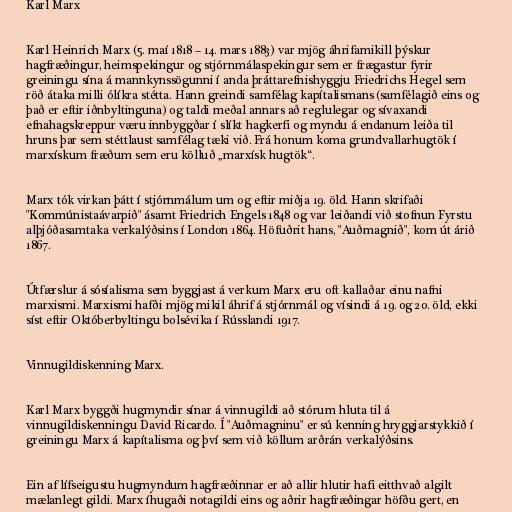
Karl Marx

Karl Heinrich Marx (5. maí 1818 – 14. mars 1883) var mjög áhrifamikill þýskur
hagfræðingur, heimspekingur og stjórnmálaspekingur sem er frægastur fyrir
greiningu sína á mannkynssögunni í anda þráttarefnishyggju Friedrichs Hegel sem
röð átaka milli ólíkra stétta. Hann greindi samfélag kapítalismans (samfélagið eins og
það er eftir iðnbyltinguna) og taldi meðal annars að reglulegar og sívaxandi
efnahagskreppur væru innbyggðar í slíkt hagkerfi og myndu á endanum leiða til
hruns þar sem stéttlaust samfélag tæki við. Frá honum koma grundvallarhugtök í
marxískum fræðum sem eru kölluð „marxísk hugtök“.

Marx tók virkan þátt í stjórnmálum um og eftir miðja 19. öld. Hann skrifaði
"Kommúnistaávarpið" ásamt Friedrich Engels 1848 og var leiðandi við stofnun Fyrstu
alþjóðasamtaka verkalýðsins í London 1864. Höfuðrit hans, "Auðmagnið", kom út árið
1867.

Útfærslur á sósíalisma sem byggjast á verkum Marx eru oft kallaðar einu nafni
marxismi. Marxismi hafði mjög mikil áhrif á stjórnmál og vísindi á 19. og 20. öld, ekki
síst eftir Októberbyltingu bolsévika í Rússlandi 1917.

Vinnugildiskenning Marx.

Karl Marx byggði hugmyndir sínar á vinnugildi að stórum hluta til á
vinnugildiskenningu David Ricardo. Í "Auðmagninu" er sú kenning hryggjarstykkið í
greiningu Marx á kapítalisma og því sem við köllum arðrán verkalýðsins.

Ein af lífseigustu hugmyndum hagfræðinnar er að allir hlutir hafi eitthvað algilt
mælanlegt gildi. Marx íhugaði notagildi eins og aðrir hagfræðingar höfðu gert, en